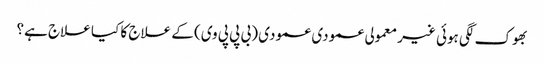
بھوک لگی ہوئی غیر معمولی عمودی عمودی (بی پی پی وی) کے علاج کا کیا علاج ہے؟